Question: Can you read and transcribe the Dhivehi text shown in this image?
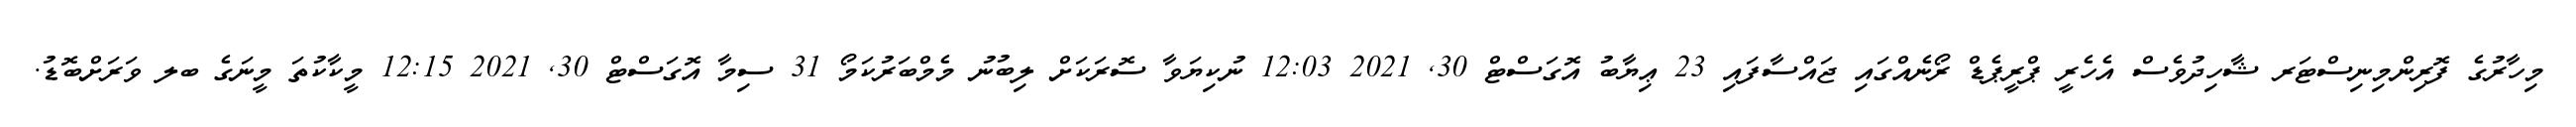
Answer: މިހާރުގެ ފޮރިންމިނިސްޓަރ ޝާހިދުވެސް އެހެރީ ޕްރީޕެޑް ރޯނެއްގައި ޖައްސާފައި 23 ޢިޔާބު އޮގަސްޓް 30, 2021 12:03 ނުކިޔަވާ ސޮރަކަށް ލިބުނު މެމްބަރުކަމޯ 31 ސިމާ އޮގަސްޓް 30, 2021 12:15 މީކާކުތަ މީނަގެ ބލ ވަރަށްބޮޑު.